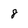
Character: 8